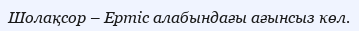
Шолақсор – Ертіс алабындағы ағынсыз көл.